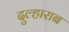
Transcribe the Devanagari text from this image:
दुल्हाराब